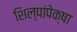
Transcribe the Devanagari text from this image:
शिल्पांपेक्षा